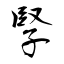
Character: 孯